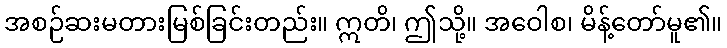
အစဉ်ဆးမတားမြစ်ခြင်းတည်း။ ဣတိ၊ ဤသို့။ အဝေါစ၊ မိန့်တော်မူ၏။